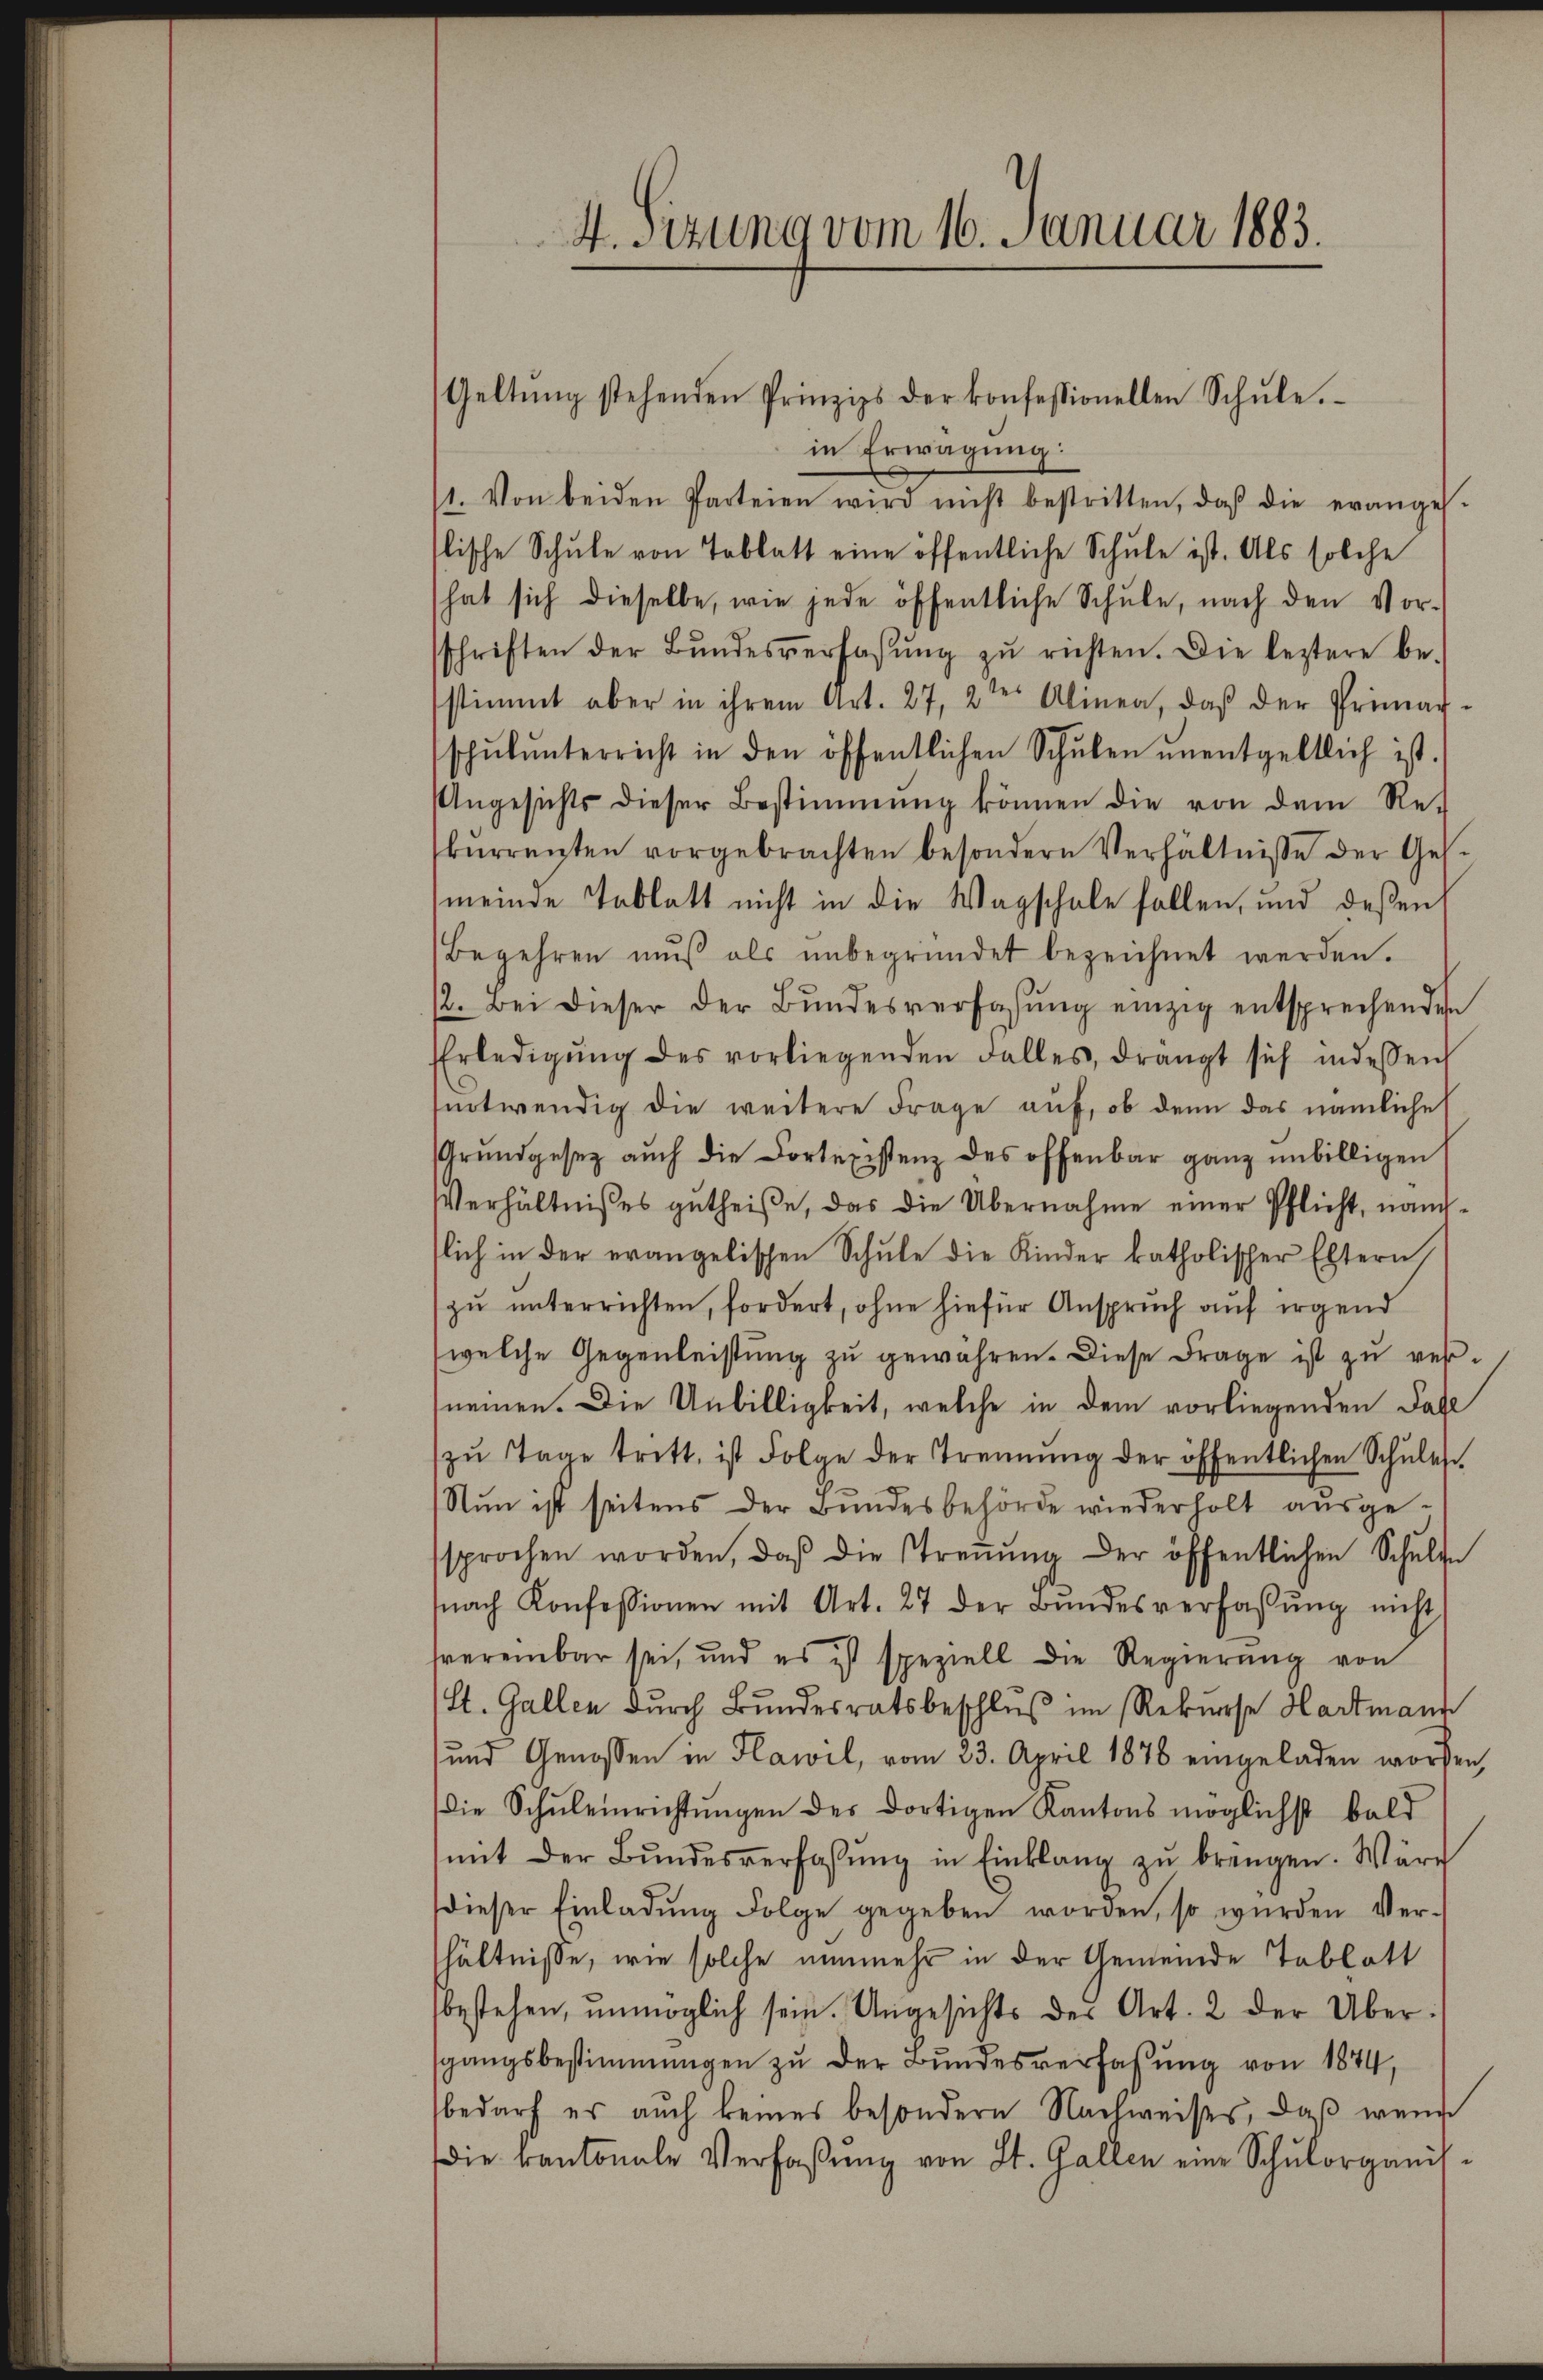
4. Sizung vom 16. Januar 1883.

Geltŭng stehenden Prinzips der konfessionellen Schŭle.

in Erwägung:
11. Von beiden Parteien wird nicht bestritten, daß die evanges.
lische Schule von Tablatt eine öffentliche Schule ist. Als solche
hat sich dieselbe, wie jede öffentliche Schŭle, nach den Vor-
schriften der Bŭndesverfassŭng zŭ richten. Die leztere be-
stimmt aber in ihrem Art. 27, 2ter Alinea, daß der Primath-
schŭlŭnterricht in den öffentlichen Schŭlen ŭnentgeltlich ist.
Ungesichts dieser Bestimmung können die von dem Re-
kŭrrenten vorgebrachten besondern Verhältnisse der Ges.
meinde Tablatt nicht in die Wagschale fallen, und deßen
Begehren mŭβ als ŭnbegründet bezeichnet werden.
2. Bei dieser der Bŭndesverfassŭng einzig entsprechenden
Erledigŭng des vorliegenden Falles, drängt sich indessen
notwendig die weitere Frage auf, ob denn das nämliche
Grundgesez aŭch die Cortexistenz des offenbar ganz unbilligen
Verhältnisses getheiße, das die Übernahme einer Pflicht, nameslich in der evangelischen Schule die Kinder katholischer Eltern
zu unterrichten, fordert, ohne hiefür Anspruch auf irgend
welche Gegenleistung zu gewähren. Diese Frage ist zu vernemen. Die Unbilligkeit, welche in dem vorliegenden Fall
zŭ Tage tritt, ist Folge der Trennung der öffentlichen Schŭles
Nun ist seitens der Bundesbehörde wiederholt ausge-
sprochen worden, daβ die Streṅŭng der öffentlichen Schulde
nach Konfessionen mit Art. 27 der Bŭndesverfassŭng nicht
hvereinbar sei, und es ist speziell die Regierŭng von
(St. Gallen durch Bundesratsbeschluß im Rekurse Hartmann
und Genossen in Flawil, vom 23. April 1876 eingeladen worden,
die Schŭleinrichtŭngen des dortigen Kantons möglichst bald
mit der Bundesverfassung in Einklang zu bringen. Wäre
dieser Einladŭng Folge gegeben worden, so wurden Ver-
hältnisse, wie solche nunmehr in der Gemeinde Tablatt
bestehen, unmöglich sein. Ungesichts der Art. 2 der Über-
sgangsbestimmungen zu der Bundesverfassung von 1874,
bedarf es auch keines besondern Nachweises, daß weni
die kantonale Verfaβŭng von St. Gallen eine Schŭlorganis-